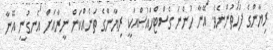
ރިޔާންގެ ފަހަތުންނެވެ. އޭނާ ހުންނަ ގެސްޓްހައުސްއަކީ ރިޔާންގެ ތަނެއްކަން ނީރާއަށް އެނގުނީ އޭނާ